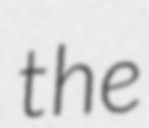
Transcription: the